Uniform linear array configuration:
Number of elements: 32
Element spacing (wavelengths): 0.25
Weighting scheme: uniform
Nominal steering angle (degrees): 45
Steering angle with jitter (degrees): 43.095
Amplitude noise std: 0.05
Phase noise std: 0.05

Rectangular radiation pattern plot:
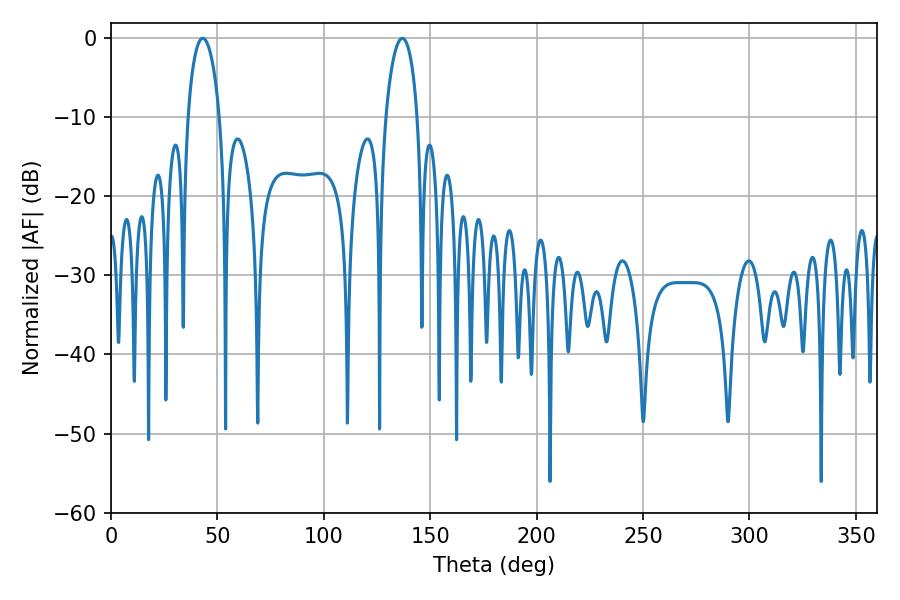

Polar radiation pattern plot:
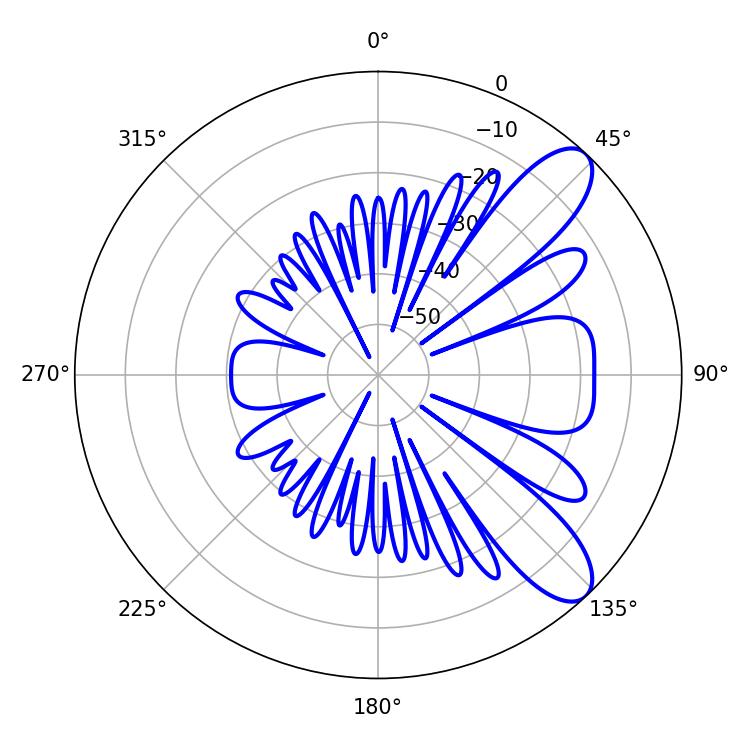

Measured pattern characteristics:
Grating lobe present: FALSE
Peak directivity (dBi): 9.248
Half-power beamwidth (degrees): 8.46
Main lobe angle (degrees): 43.2